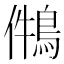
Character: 𪁃